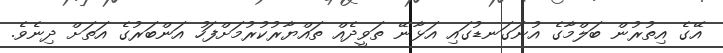
އޭގެ އިތުރުން ބަލްމާގެ އުނަގަނޑުގައި އަޅާނޭ ތަވީދެއް ތައްޔާރުކުރުމަށްފަހު އަންބަރުގެ އަތަށް ދިނެވެ.